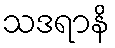
သဒရာနိ